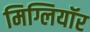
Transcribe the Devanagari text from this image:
मिग्लियॉर